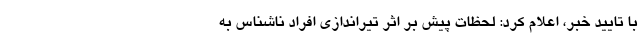
با تایید خبر، اعلام کرد: لحظات پیش بر اثر تیراندازی افراد ناشناس به